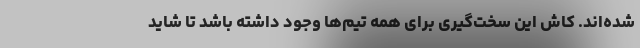
شده‌اند. کاش این سخت‌گیری برای همه تیم‌ها وجود داشته باشد تا شاید